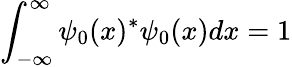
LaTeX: \int_{-\infty}^{\infty}\psi_{0}(x)^{*}\psi_{0}(x)dx=1